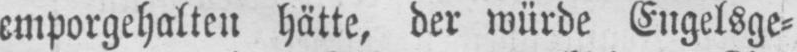
hätte, der würde Engelsge⸗